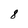
Character: 8